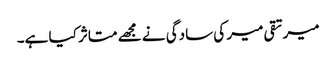
میرتقی میر کی سادگی نے مجھے متاثر کیا ہے۔